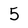
Character: 5